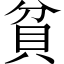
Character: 貧